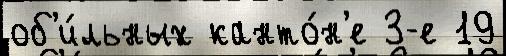
об'и́льных канто́н'е 3-е 19